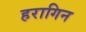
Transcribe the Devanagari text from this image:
हरागिन